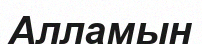
Алламын